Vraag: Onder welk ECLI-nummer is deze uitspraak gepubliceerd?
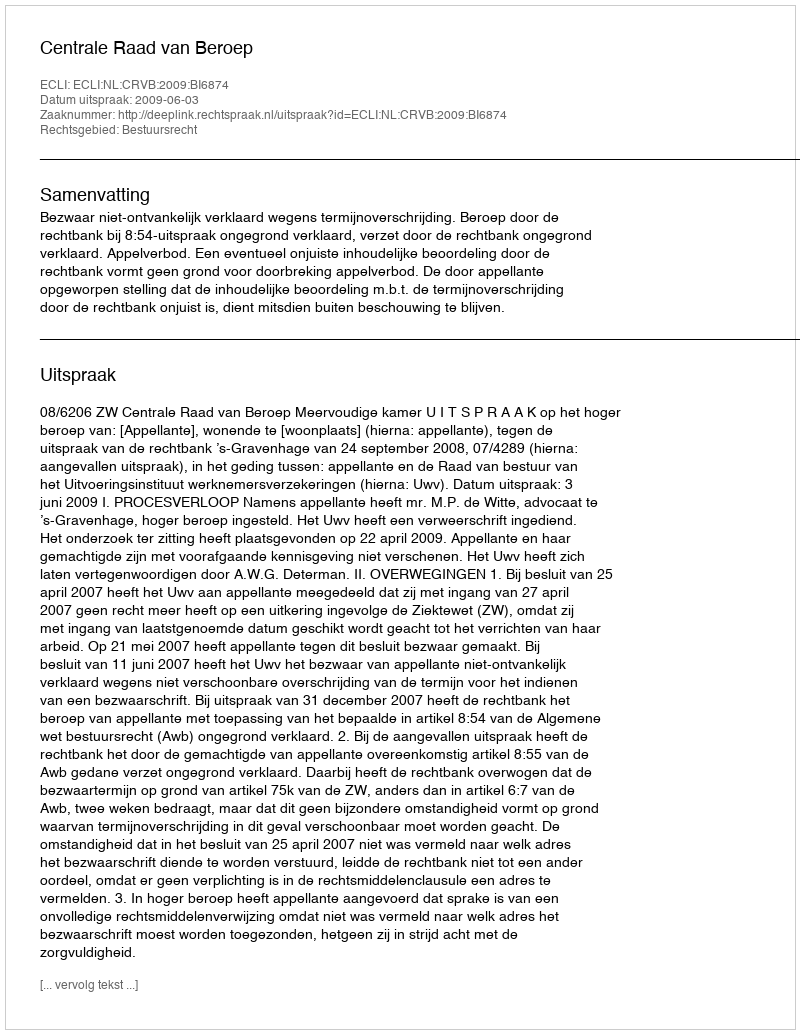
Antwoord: ECLI:NL:CRVB:2009:BI6874